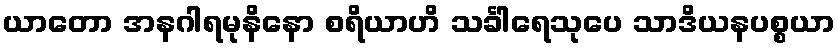
ယာတော အနဂါရမုနိနော စရိယာဟိ သင်္ခါရေသုပေ သာဒိယနပစ္စယာ